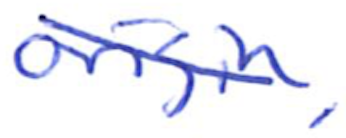
Text: origin,
Cross-out: diagonal
Writing tool: ballpoint